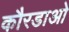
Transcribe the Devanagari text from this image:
कौरडाओ